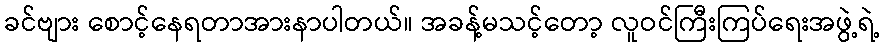
ခင်ဗျား စောင့်နေရတာအားနာပါတယ်။ အခန့်မသင့်တော့ လူဝင်ကြီးကြပ်ရေးအဖွဲ့ရဲ့